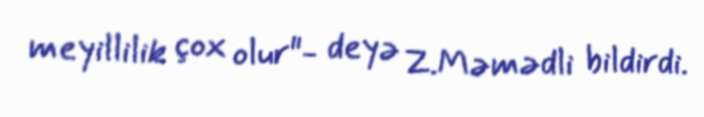
meyillilik çox olur"- deyə Z.Məmədli bildirdi.